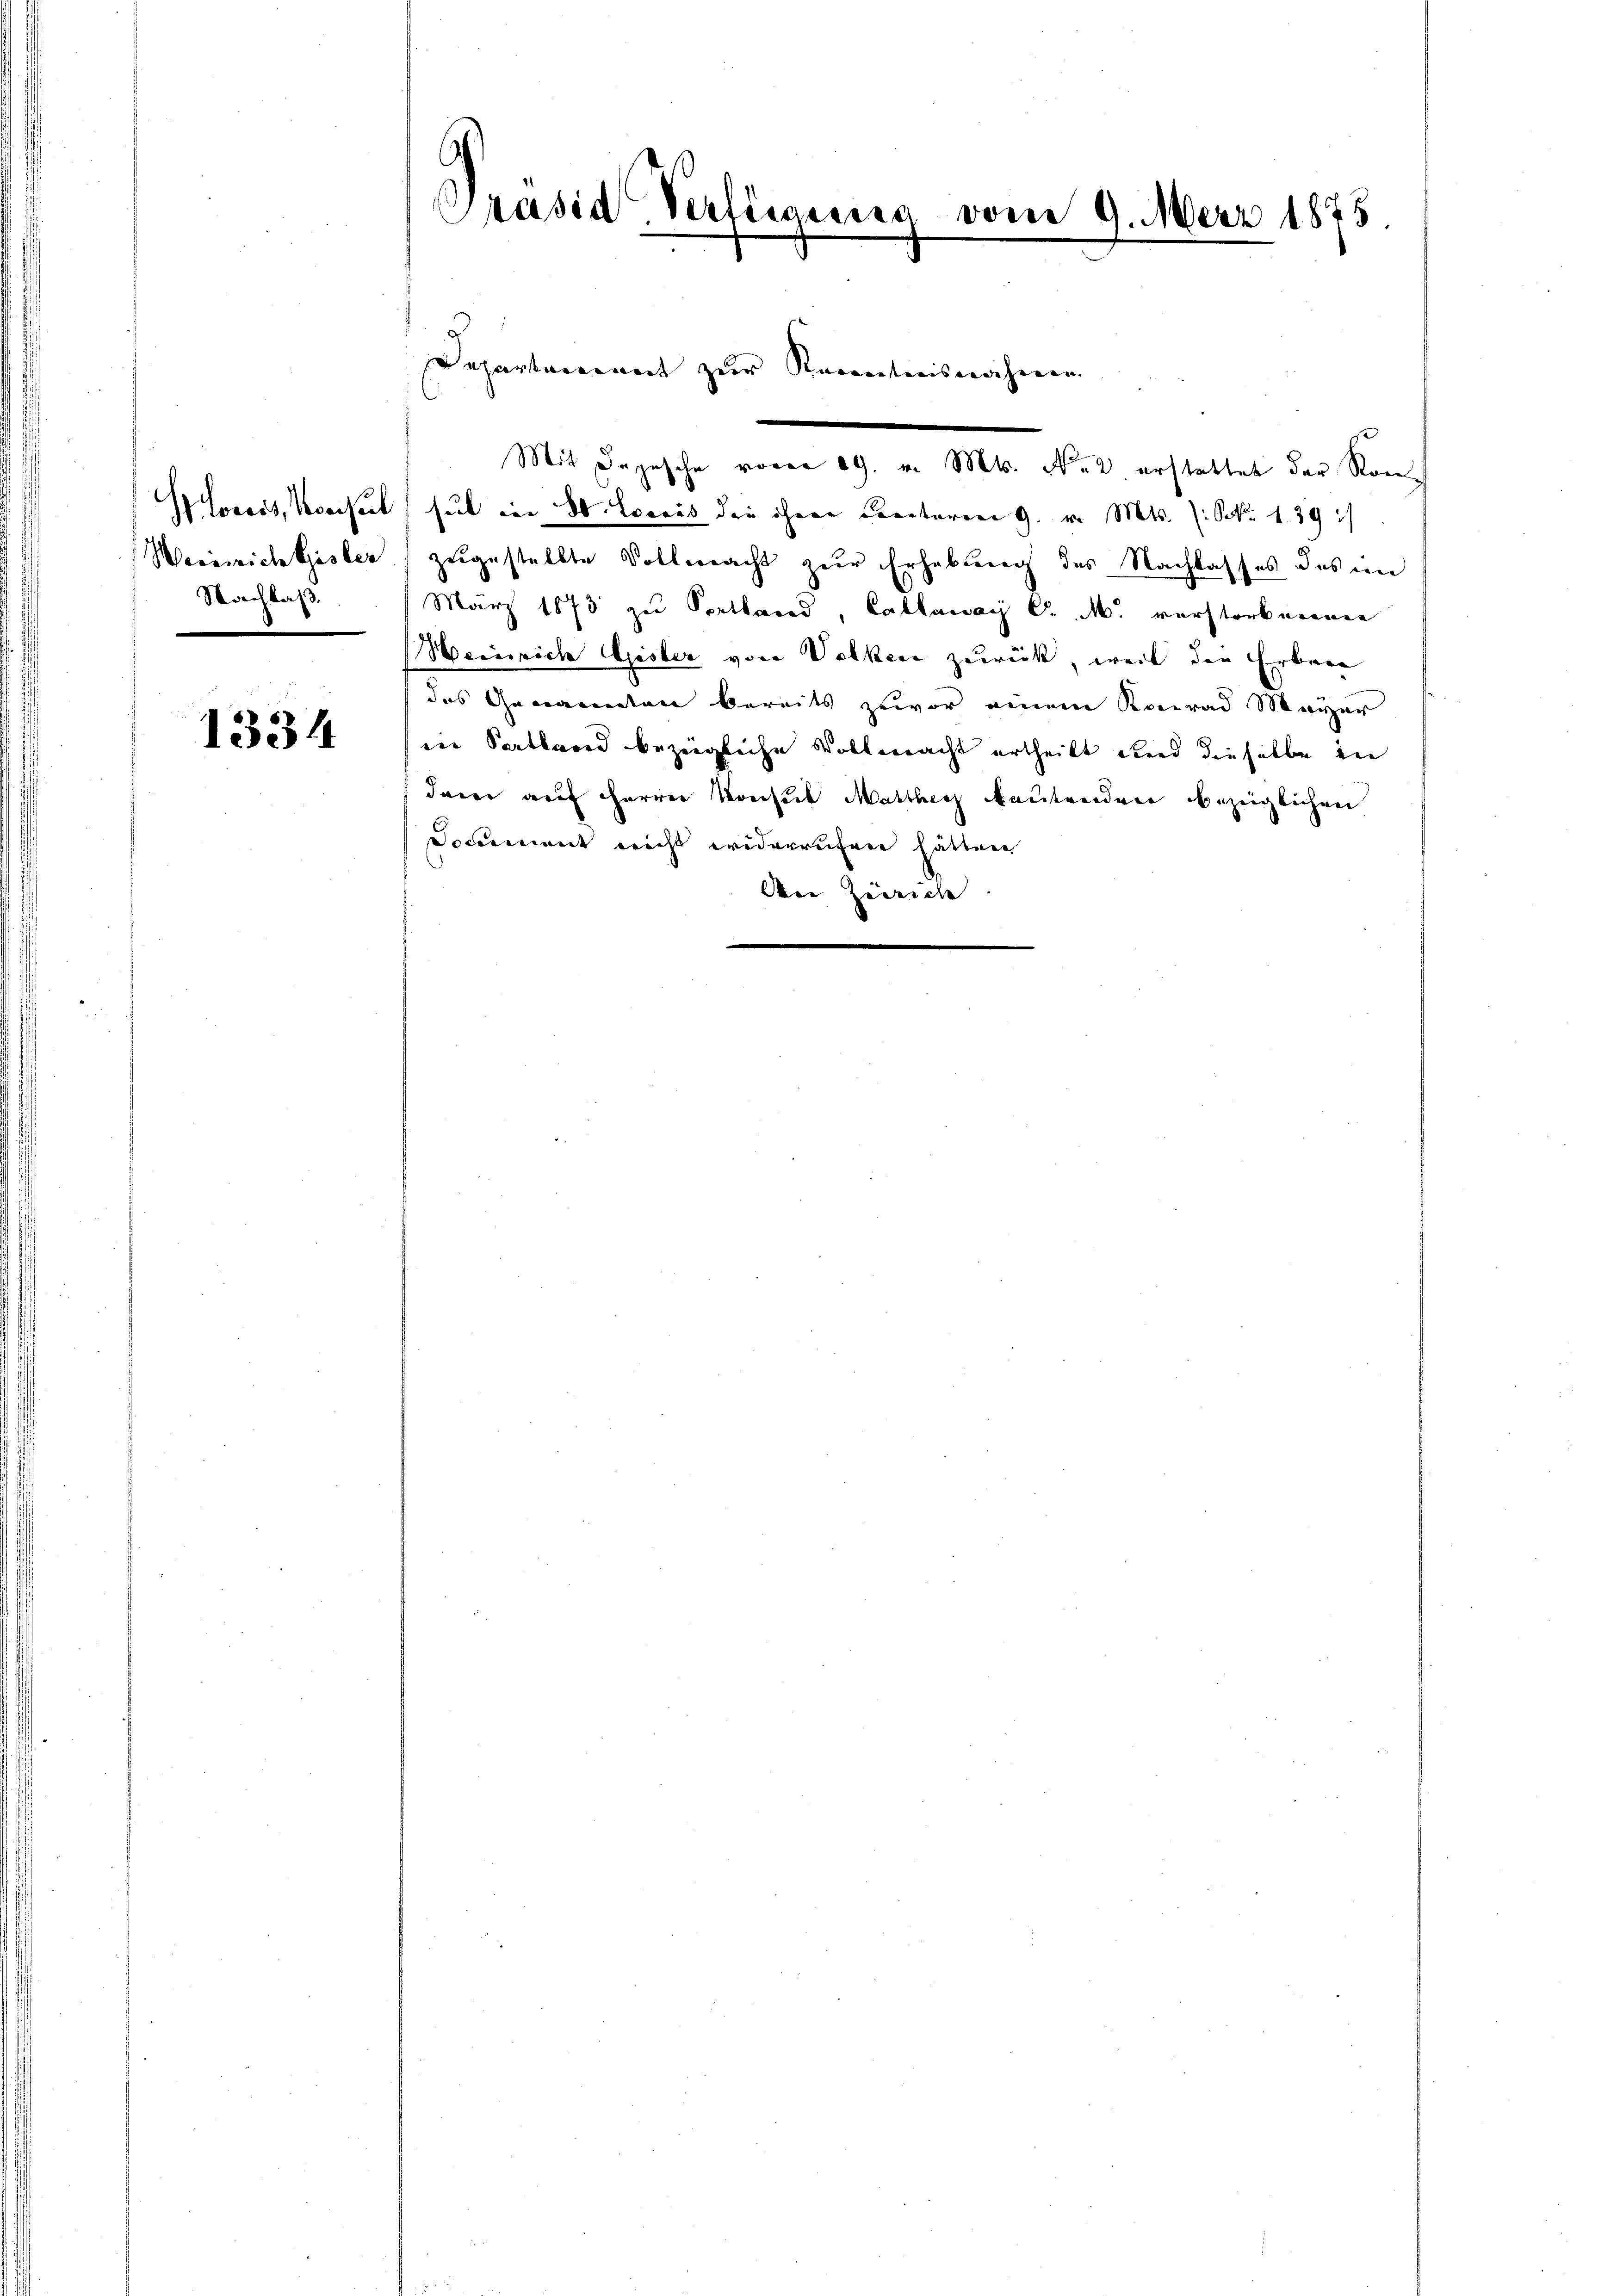
Nachlaß.
6

1334

Präsid. Vertigung

Cocoss, Konsul sul in 30. Loreis die ihrer Centaren 9. v. Mts. (S. 139
Weissich Gisler zugestellte Vollmacht zur Erhebung des Nachlasses des im
März 1873 zu Portland, Cablaway C. M. verstorberenen
eeinrich Gisler von Volken zurück, weil die Erbene
das Genannten bereits zuvor einem Konrad Meyer
in Parthord bezeigliche Vollmacht ertheilt und dieselbe in
dauer auf Herrn Konsul Matther Mautenden bezüglichen
Socement nicht widerrufene hätten
Aer Zürich
e

Departement zur Kenntnisnahmen.

vom 9. März 1875.

Mit Depesche voren 19. v. Mts. No. 2 erstattet der Kon